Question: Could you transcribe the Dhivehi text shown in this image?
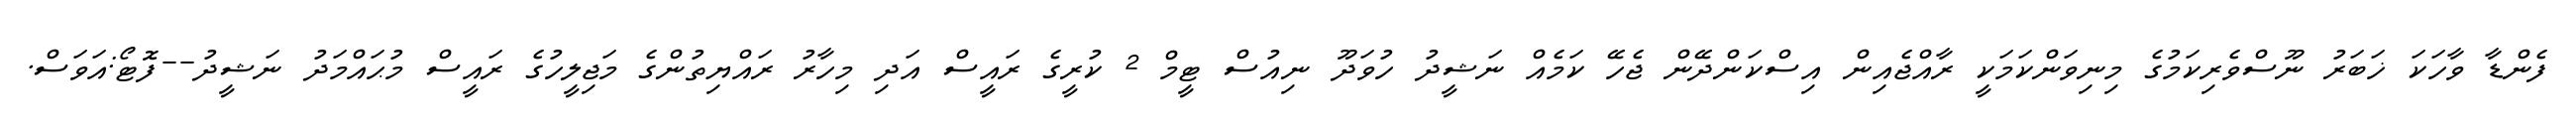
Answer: ފެންޑާ ވާހަކަ ޚަބަރު ނޫސްވެރިކަމުގެ މިނިވަންކަމަކީ ރާއްޖެއިން އިސްކަންދޭން ޖެހޭ ކަމެއް ނަޝީދު ހުވަދޫ ނިއުސް ޓީމް 2 ކުރީގެ ރައީސް އަދި މިހާރު ރައްޔިތުންގެ މަޖިލީހުގެ ރައީސް މުޙައްމަދު ނަޝީދު--ފޮޓޯ:އަވަސް.